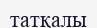
татқалы